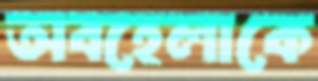
অবহেলাকে